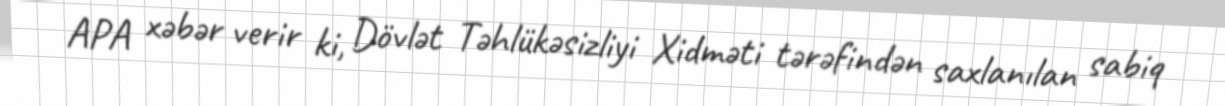
APA xəbər verir ki, Dövlət Təhlükəsizliyi Xidməti tərəfindən saxlanılan sabiq